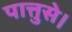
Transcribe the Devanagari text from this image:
पात्तुसे।